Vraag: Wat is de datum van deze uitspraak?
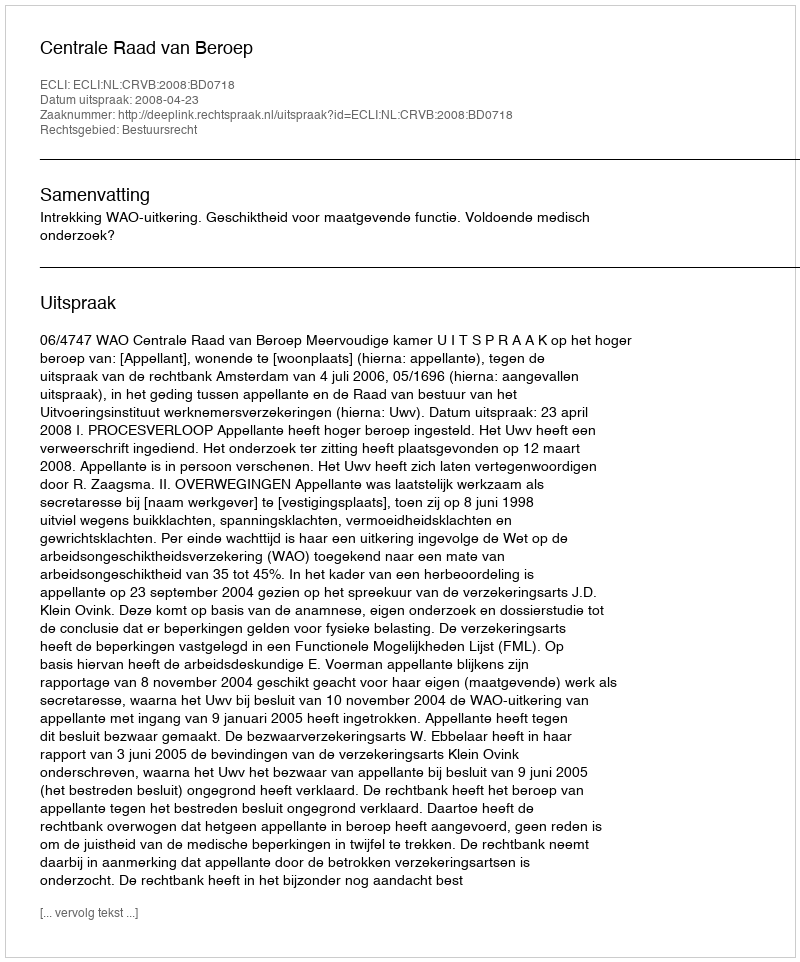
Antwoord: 2008-04-23